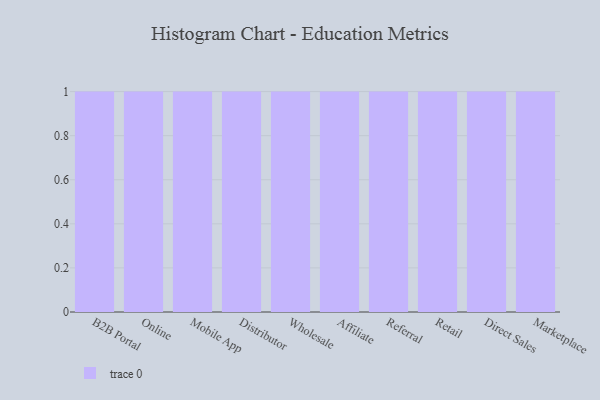
{"axis": {"x": "Channel", "y": "Net Income (USD K)"}, "legend": [""], "data": [{"x": "B2B Portal", "y": 11, "type": ""}, {"x": "Online", "y": 86, "type": ""}, {"x": "Mobile App", "y": 11, "type": ""}, {"x": "Distributor", "y": 59, "type": ""}, {"x": "Wholesale", "y": 56, "type": ""}, {"x": "Affiliate", "y": 94, "type": ""}, {"x": "Referral", "y": 77, "type": ""}, {"x": "Retail", "y": 6, "type": ""}, {"x": "Direct Sales", "y": 65, "type": ""}, {"x": "Marketplace", "y": 25, "type": ""}]}